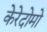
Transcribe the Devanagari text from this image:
केरेदोमो